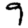
Digit: 9